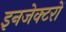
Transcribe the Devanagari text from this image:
इनजेक्टरों